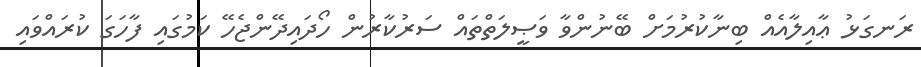
ރަނގަޅު ޢާއިލާއެއް ބިނާކުރުމަށް ބޭނުންވާ ވަޞީލަތްތައް ސަރުކާރުން ހޯދައިދޭންޖެހޭ ކަމުގައި ފާހަގަ ކުރައްވައި